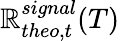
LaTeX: \mathbb{R}_{theo,t}^{signal}(T)